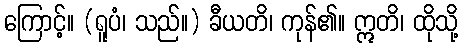
ကြောင့်။ (ရူပံ၊ သည်။) ခီယတိ၊ ကုန်၏။ ဣတိ၊ ထိုသို့